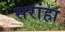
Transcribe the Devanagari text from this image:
सरांहा